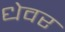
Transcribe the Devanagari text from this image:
धेवर